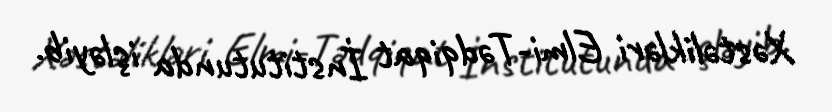
Xəstəlikləri Elmi-Tədqiqat İnstitutunda işləyib.